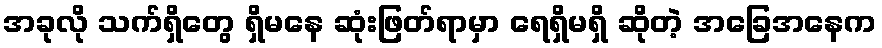
အခုလို သက်ရှိတွေ ရှိမနေ ဆုံးဖြတ်ရာမှာ ရေရှိမရှိ ဆိုတဲ့ အခြေအနေက